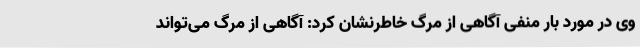
وی در مورد بار منفی آگاهی از مرگ خاطرنشان کرد: آگاهی از مرگ می‌تواند